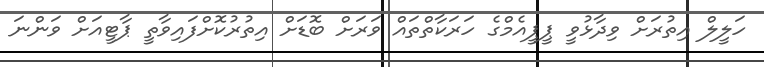
ހަލީލް އިތުރަށް ވިދާޅުވީ ޕީޕީއެމްގެ ހަރަކާތްތައް ވަރަށް ބޮޑަށް އިތުރުކޮށްފައިވާތީ ޕާޓީއަށް ވަންނަ